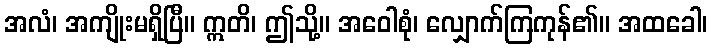
အလံ၊ အကျိုးမရှိပြီ။ ဣတိ၊ ဤသို့။ အဝေါစုံ၊ လျှောက်ကြကုန်၏။ အထခေါ၊